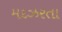
મદઝરતા